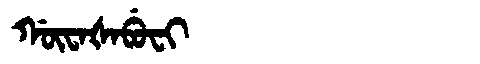
Manchu: ᡤᡡᠸᠠᡧᠠᠪᡠᠸᡳ
Romanization: GŪWAŠABUFI